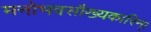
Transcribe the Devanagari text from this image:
मनोभवसौख्यकारिन्।